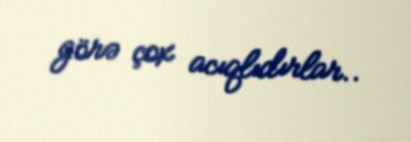
görə çox acıqlıdırlar..